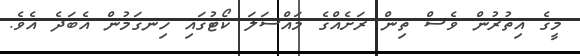
މީގެ އިތުރުން ވެސް ތިން ރަށެއްގެ މައްސަލަ ކޯޓުގައި ހިނގަމުން އެބަދެ އެވެ.